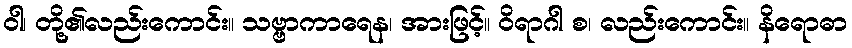
ဝါ၊ တို့၏လည်းကောင်း။ သဗ္ဗာကာရေန၊ အားဖြင့်။ ဝိရာဂါ စ၊ လည်းကောင်း။ နိရောဓာ